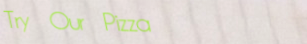
Try Our Pizza